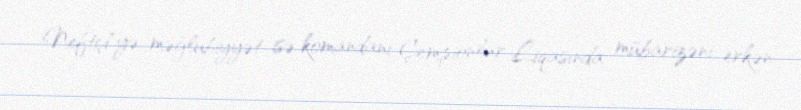
Neftçi"yə məğlubiyyət isə komandanı Çempionlar Liqasında mübarizəni erkən